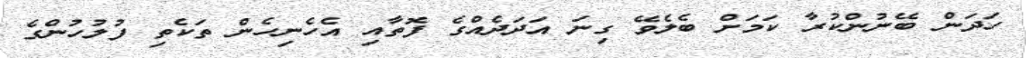
ހަދަން ބޭނުންކުރާ ކަމަށް ބެލެވޭ ގިނަ އަދަދެއްގެ ފޮތާއި އެހެނިހެން ތަކެތި ފުލުހުންގެ